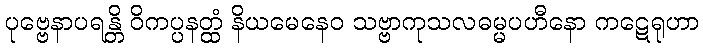
ပုဗ္ဗေနာပရန္တိ ဝိကပ္ပနတ္ထံ နိယမေနေဝ သဗ္ဗာကုသလဓမ္မပဟီနော ကဋေရုဟာ